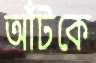
আঁটকে